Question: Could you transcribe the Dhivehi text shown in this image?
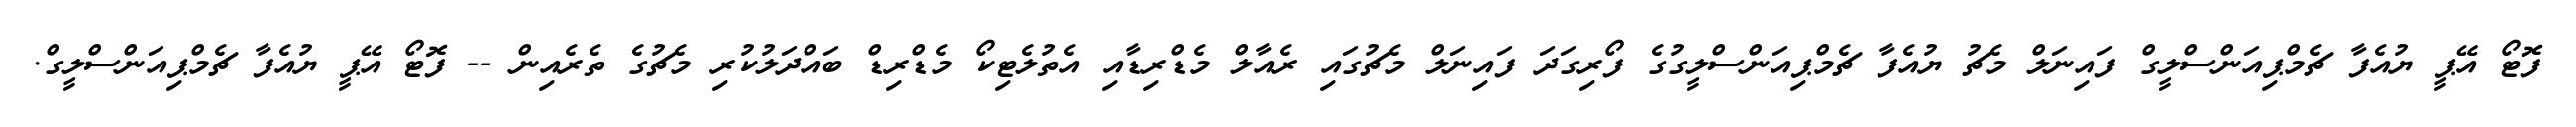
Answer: ފޮޓޯ އޭޕީ ޔުއެފާ ޗެމްޕިއަންސްލީގް ފައިނަލް މެޗު ޔުއެފާ ޗެމްޕިއަންސްލީގުގެ ފޯރިގަދަ ފައިނަލް މެޗުގައި ރެއާލް މެޑްރިޑާއި އެތުލެޓިކޯ މެޑްރިޑް ބައްދަލުކުރި މެޗުގެ ތެރެއިން -- ފޮޓޯ އޭޕީ ޔުއެފާ ޗެމްޕިއަންސްލީގް.